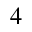
4